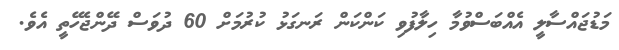
މަޑުޖައްސާލީ އެއްބަސްވުމާ ހިލާފުވި ކަންކަން ރަނގަޅު ކުރުމަށް 60 ދުވަސް ދޭންޖެހޭތީ އެވެ.